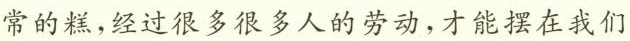
常的糕，经过很多很多人的劳动，才能摆在我们